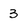
Character: 3